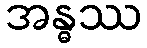
အန္ဓဿ